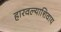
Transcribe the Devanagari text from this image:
हारवल्याशिवाय